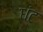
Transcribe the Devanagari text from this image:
धंट